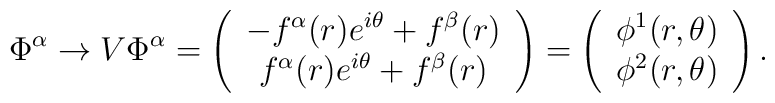
\Phi^{\alpha}\rightarrow V\Phi^{\alpha} =\left(\begin{array}{c} -f^{\alpha}(r)e^{i\theta}+f^{\beta}(r) \\ f^{\alpha}(r)e^{i\theta}+f^{\beta}(r) \end{array}\right)=\left(\begin{array}{c} \phi^{1}(r,\theta) \\ \phi^{2}(r,\theta) \end{array}\right).